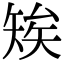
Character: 𥏖